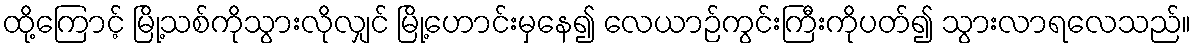
ထို့ကြောင့် မြို့သစ်ကိုသွားလိုလျှင် မြို့ဟောင်းမှနေ၍ လေယာဉ်ကွင်းကြီးကိုပတ်၍ သွားလာရလေသည်။